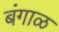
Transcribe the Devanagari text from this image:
बंगाळ